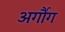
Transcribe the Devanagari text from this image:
अर्गौग